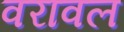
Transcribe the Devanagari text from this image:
वरावल